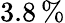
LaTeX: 3.8\, \%